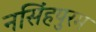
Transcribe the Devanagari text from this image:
नसिंहपुरम